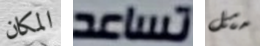
المكان تساعد مثل